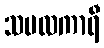
သဗလကာရီ